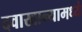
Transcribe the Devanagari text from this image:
दवाखान्यामध्ये